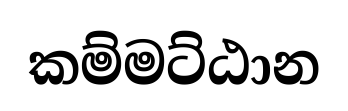
කම්මට්ඨාන